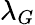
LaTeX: \lambda_{G}